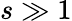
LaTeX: s\gg 1